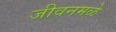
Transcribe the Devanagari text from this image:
जीवनमळे